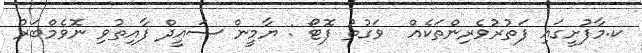
ކ.މާފުށީގައި ފަތުރުވެރިންތަކެއް  ވަގުތު ފޮޓޯ : ޔާމީން ސައީދް ފާއިތުވި ނޮވެމްބަރު